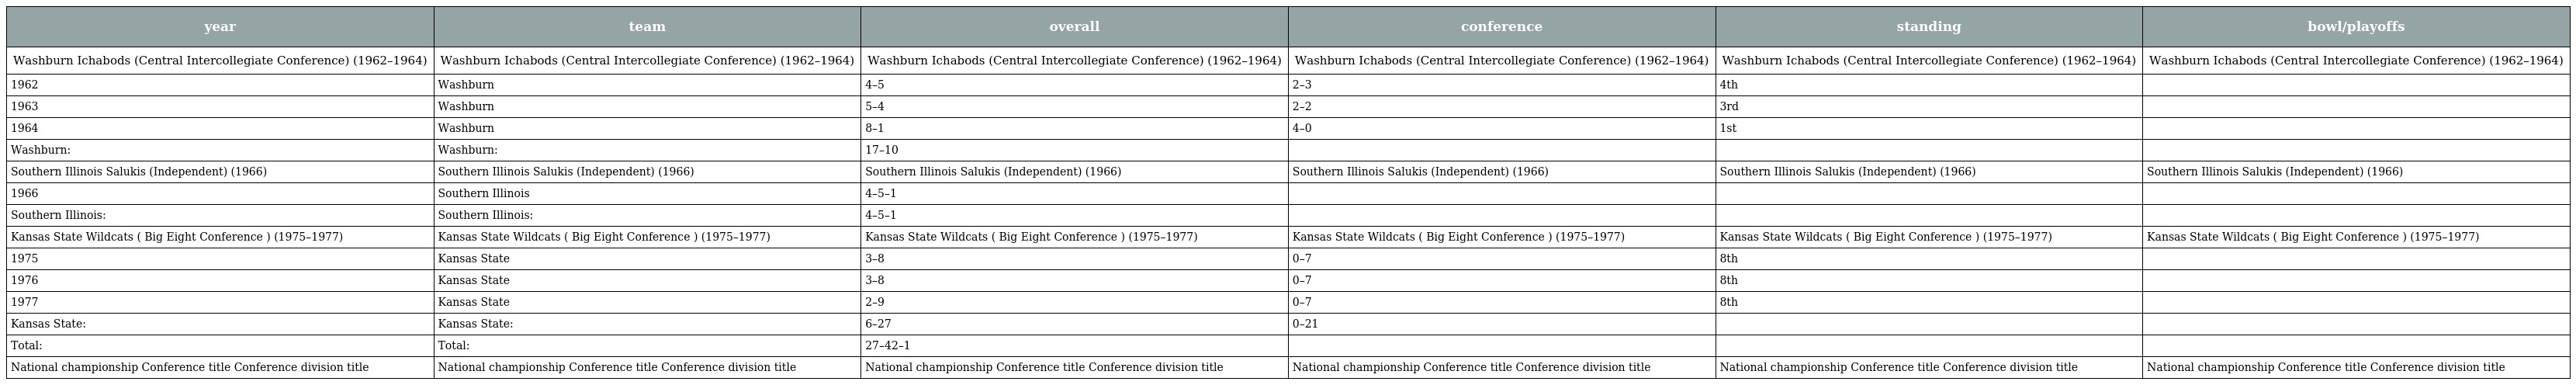
| year | team | overall | conference | standing | bowl/playoffs |
 | --- | --- | --- | --- | --- | --- |
 | Washburn Ichabods (Central Intercollegiate Conference) (1962–1964) | Washburn Ichabods (Central Intercollegiate Conference) (1962–1964) | Washburn Ichabods (Central Intercollegiate Conference) (1962–1964) | Washburn Ichabods (Central Intercollegiate Conference) (1962–1964) | Washburn Ichabods (Central Intercollegiate Conference) (1962–1964) | Washburn Ichabods (Central Intercollegiate Conference) (1962–1964) |
 | 1962 | Washburn | 4–5 | 2–3 | 4th |  |
 | 1963 | Washburn | 5–4 | 2–2 | 3rd |  |
 | 1964 | Washburn | 8–1 | 4–0 | 1st |  |
 | Washburn: | Washburn: | 17–10 |  |  |  |
 | Southern Illinois Salukis (Independent) (1966) | Southern Illinois Salukis (Independent) (1966) | Southern Illinois Salukis (Independent) (1966) | Southern Illinois Salukis (Independent) (1966) | Southern Illinois Salukis (Independent) (1966) | Southern Illinois Salukis (Independent) (1966) |
 | 1966 | Southern Illinois | 4–5–1 |  |  |  |
 | Southern Illinois: | Southern Illinois: | 4–5–1 |  |  |  |
 | Kansas State Wildcats ( Big Eight Conference ) (1975–1977) | Kansas State Wildcats ( Big Eight Conference ) (1975–1977) | Kansas State Wildcats ( Big Eight Conference ) (1975–1977) | Kansas State Wildcats ( Big Eight Conference ) (1975–1977) | Kansas State Wildcats ( Big Eight Conference ) (1975–1977) | Kansas State Wildcats ( Big Eight Conference ) (1975–1977) |
 | 1975 | Kansas State | 3–8 | 0–7 | 8th |  |
 | 1976 | Kansas State | 3–8 | 0–7 | 8th |  |
 | 1977 | Kansas State | 2–9 | 0–7 | 8th |  |
 | Kansas State: | Kansas State: | 6–27 | 0–21 |  |  |
 | Total: | Total: | 27–42–1 |  |  |  |
 | National championship Conference title Conference division title | National championship Conference title Conference division title | National championship Conference title Conference division title | National championship Conference title Conference division title | National championship Conference title Conference division title | National championship Conference title Conference division title |